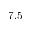
7 . 5